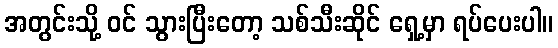
အတွင်းသို့ ဝင် သွားပြီးတော့ သစ်သီးဆိုင် ရှေ့မှာ ရပ်ပေးပါ။